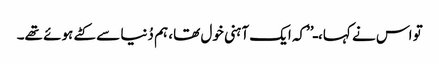
تو اس نے کہا، ـ’’کہ ایک آہنی خول تھا، ہم دُنیا سے کٹے ہوئے تھے۔